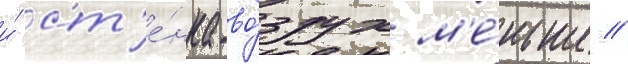
и́ ст'е́нка-во́здух м'е́ньше /